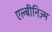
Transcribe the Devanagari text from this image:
एल्बीनिज़्म